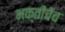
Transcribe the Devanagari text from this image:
भक्तीचेच